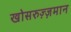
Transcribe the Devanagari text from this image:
खोसरुज़्ज़मान